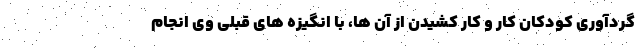
گردآوری کودکان کار و کار کشیدن از آن ها، با انگیزه های قبلی وی انجام